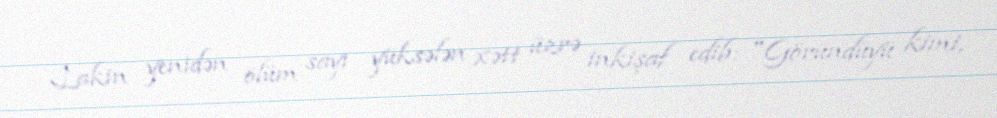
Lakin yenidən ölüm sayı yüksələn xətt üzrə inkişaf edib: "Göründüyü kimi,